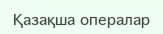
Қазақша опералар